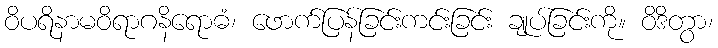
ဝိပရိနာမဝိရာဂနိရောဓံ၊ ဖောက်ပြန်ခြင်းကင်းခြင်း ချုပ်ခြင်းကို။ ဝိဒိတွာ၊